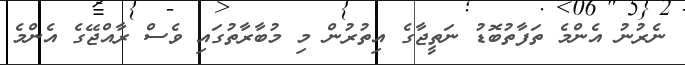
ނެރުނު އެންމެ ތަފާތުބޮޑު ނަތީޖާގެ އިތުރުން މި މުބާރާތުގައި ވެސް ރާއްޖޭގެ އެންމެ